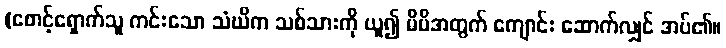
(စောင့်ရှောက်သူ ကင်းသော သံဃိက သစ်သားကို ယူ၍ မိမိအတွက် ကျောင်း ဆောက်လျှင် အပ်၏။